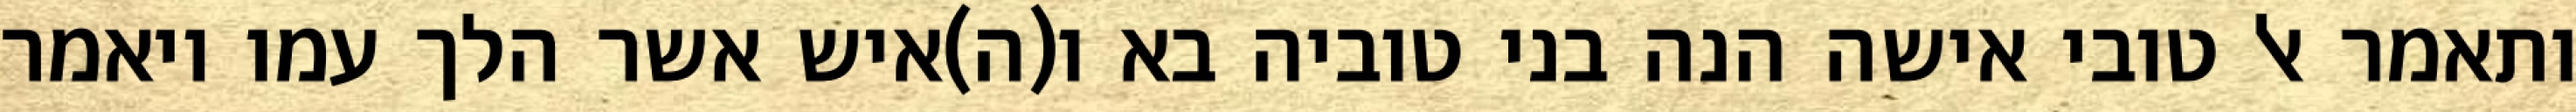
ותאמר אל טובי אישה הנה בני טוביה בא ו(ה)איש אשר הלך עמו ויאמר